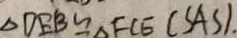
\Delta D E B \cong \Delta F C E ( S A S ) .